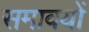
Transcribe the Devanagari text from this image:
समावयों